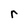
Character: r